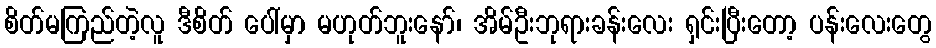
စိတ်မကြည်တဲ့လူ ဒီစိတ် ပေါ်မှာ မဟုတ်ဘူးနော်၊ အိမ်ဦးဘုရားခန်းလေး ရှင်းပြီးတော့ ပန်းလေးတွေ